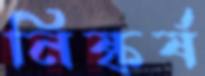
নিষ্কর্ষ